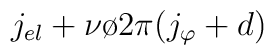
j_{el} + {{\nu \o {2\pi }}}(j_{\varphi} + d)